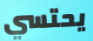
يحتسي